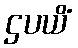
ဌပယိံ